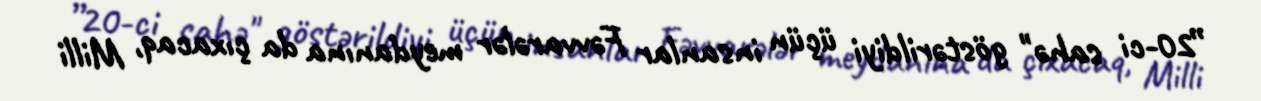
”20-ci sahə" göstərildiyi üçün insanlar Fəvvarələr meydanına da çıxacaq, Milli